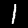
Label: 1